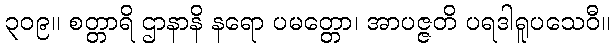
၃၀၉။ စတ္တာရိ ဌာနာနိ နရော ပမတ္တော၊ အာပဇ္ဇတိ ပရဒါရူပသေဝီ။